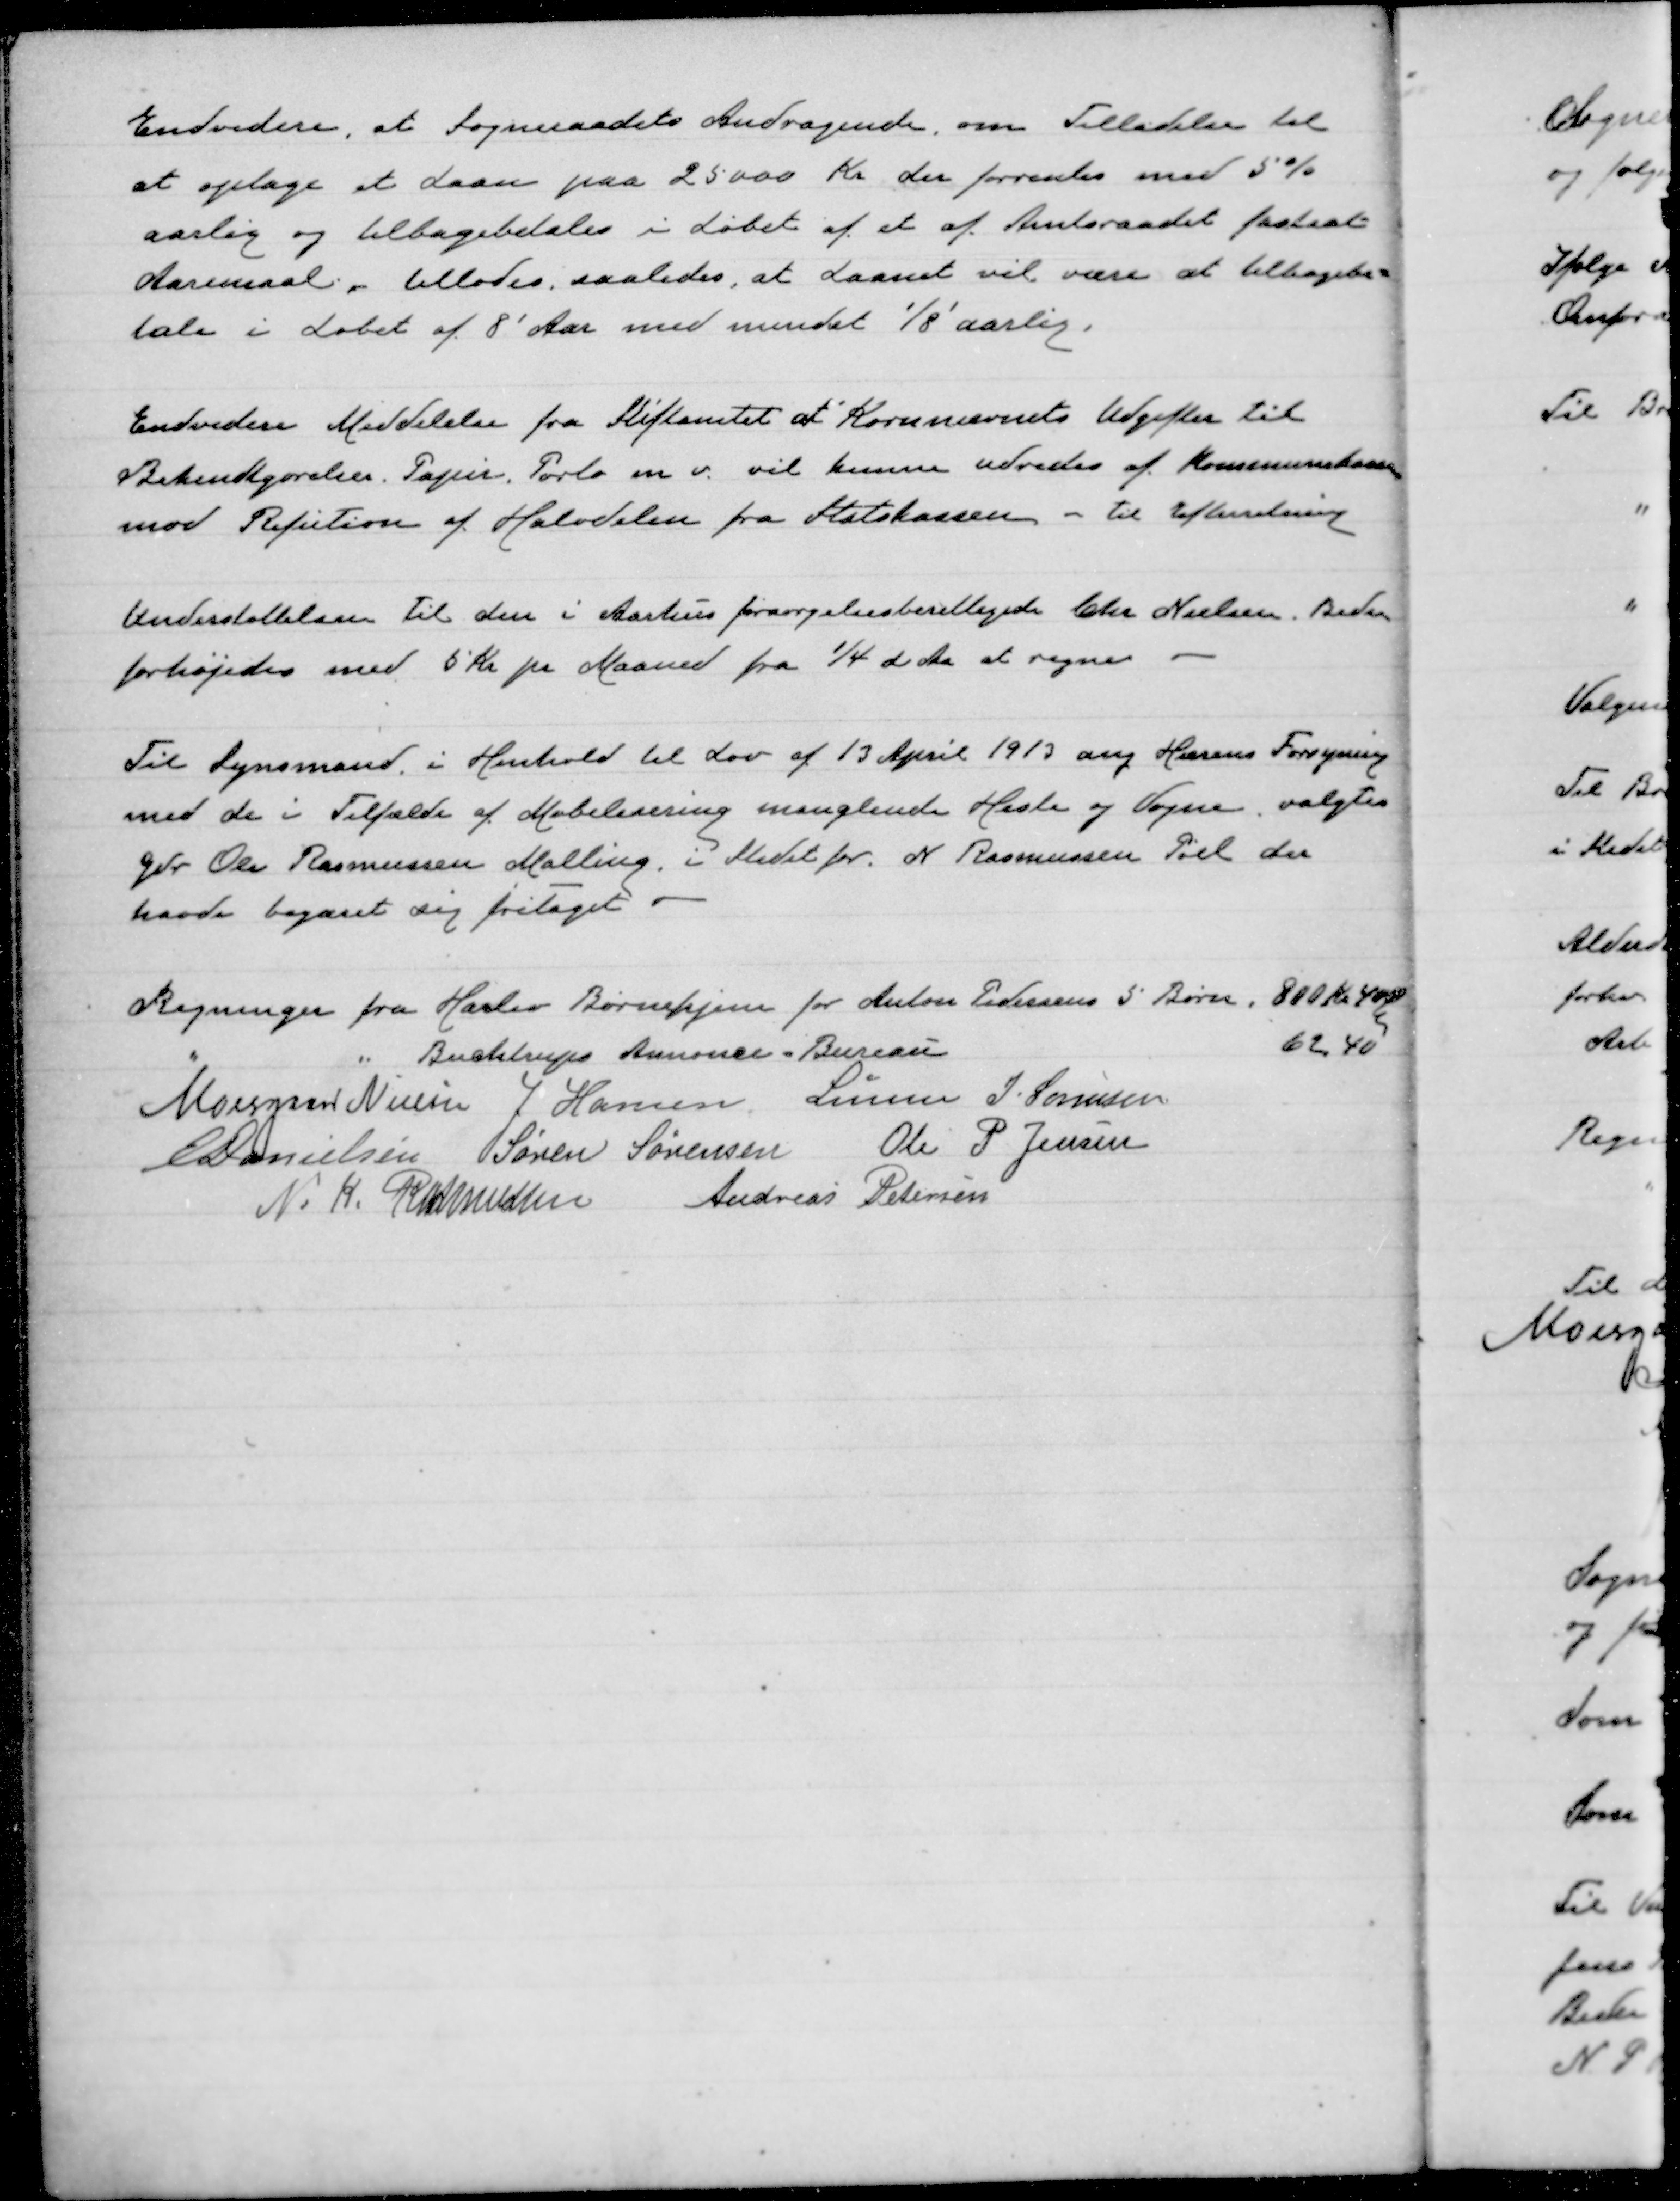
Transskription:
Endvidere, at Sogneraadets Andragende om Tilladelse til
at optage et Laan paa 25000 Kr der forrentes med 5%
aarlig og tilbagebetales i løbet af et af Amtsraadet fastsat
Aaremaal, tillodes, saaledes, at Laanet vil være at tilbagebe=
tale i Løbet af 8' Aar med mindst 1/8'aarlig.

Endvidere Meddelelse fra Stiftamtet at Kornnævnets Udgifter til
Bekendtgørelser. Papir. Porto m v. vil kunne udredes af Kommunekassen
mod Refution af Halvdelen fra Statskassen - til Efterretning

Understøttelsen til den i Aarhus forsørgelsesberettigede Chr Nielsen. Beder
forhøjedes med 5Kr pr Maaned fra 1/4 d.Aa at regne

Til Synsmand i Henhold til Lov af 13 April 1913 ang Hærens Forsyning
med de i Tilfælde af Mobilisering manglende Heste og Vogne, valgtes
Gdr. Ole Rasmussen Malling. i stedet for N Rasmussen Pøel der
havde begæret sig fritaget

Regninger fra Haslev Børnehjem for Anton Pedersens 5 Børn, 800 Kr 40φ
"
" Buchtrups Annonce-Bureau
62,40
Moesgaard Nielsen J Hansen Lunn J Sørensen
E Danielsen Søren Sørensen Ole P Jensen
N. K. Rasmussen Andreas Petersen